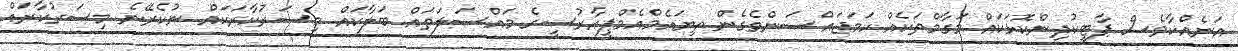
އަނެއްކާވެސް ޕާޓީކުދިންކޮޅަކައް މަގާމްތަކެއް ހަމަޖައްސަންވެގެން ތިޔައެމްއެމްޕީއާރުސީގެ މައްސަލަތައް ބަލާކައް މިސަރުކާރަކައް ނުކެރޭނެ މިސަރުކާރައް